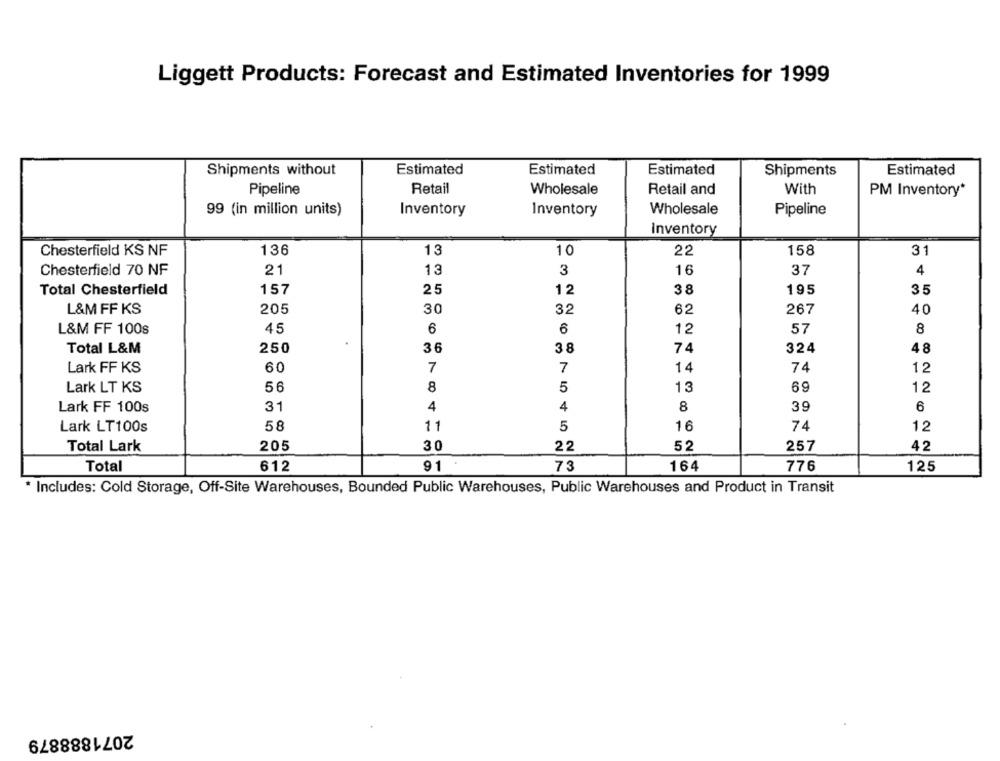
Liggett Products: Forecast and Estimated Inventories for 1999
Shipments without
Estimated
Estimated
Estimated
Shipments
Estimated
Pipeline
Retail
Wholesale
Retail and
With
PM Inventory*
99 (in million units)
Inventory
Inventory
Wholesale
Pipeline
Inventory
136
13
10
22
158
31
Chesterfield KS NF
Chesterfield 70 NF
21
13
3
16
37
4
157
38
35
Total Chesterfield
25
12
195
L&M FF KS
205
30
32
62
267
40
6
L&M FF 100s
45
6
12
57
8
Total L&M
250
36
38
74
324
48
Lark FF KS
60
7
7
14
74
12
Lark LT KS
56
8
5
13
69
12
Lark FF 100s
31
4
4
8
39
6
58
11
16
74
12
Lark LT100s
5
Total Lark
205
30
22
52
257
42
Total
612
91
73
164
776
125
* Includes: Cold Storage, Off-Site Warehouses, Bounded Public Warehouses, Public Warehouses and Product in Transit
2071888879